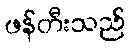
ဖန်တီးသည်